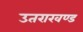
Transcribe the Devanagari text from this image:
उतराखण्ड